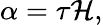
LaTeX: \alpha=\tau\mathcal{H},